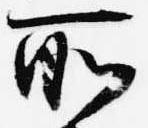
所